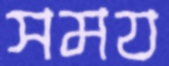
সময